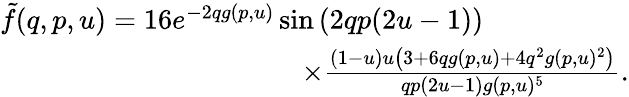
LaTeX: \begin{array}{r}{\tilde{f}(q,p,u)=16e^{-2qg(p,u)}\sin\left(2qp(2u-1)\right)\phantom{xxxxxxxxx}}\\ {\times\frac{(1-u)u\left(3+6qg(p,u)+4q^{2}g(p,u)^{2}\right)}{qp(2u-1)g(p,u)^{5}}.}\end{array}